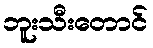
ဘူးသီးတောင်